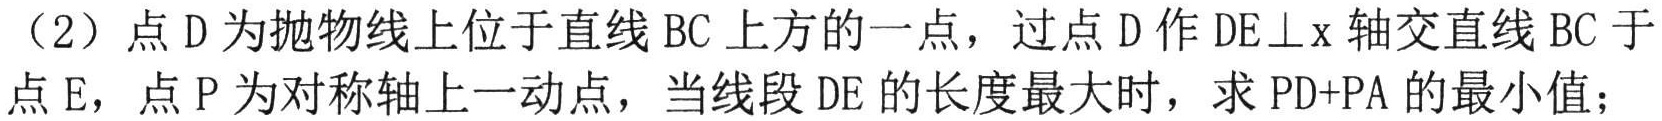
（2）点\(D\)为抛物线上位于直线\(BC\)上方的一点，过点\(D\)作\(DE\perp x\)轴交直线\(BC\)于点\(E\)，点\(P\)为对称轴上一动点，当线段\(DE\)的长度最大时，求\(PD + PA\)的最小值；